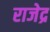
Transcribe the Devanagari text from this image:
राजेद्र